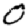
Digit: 0